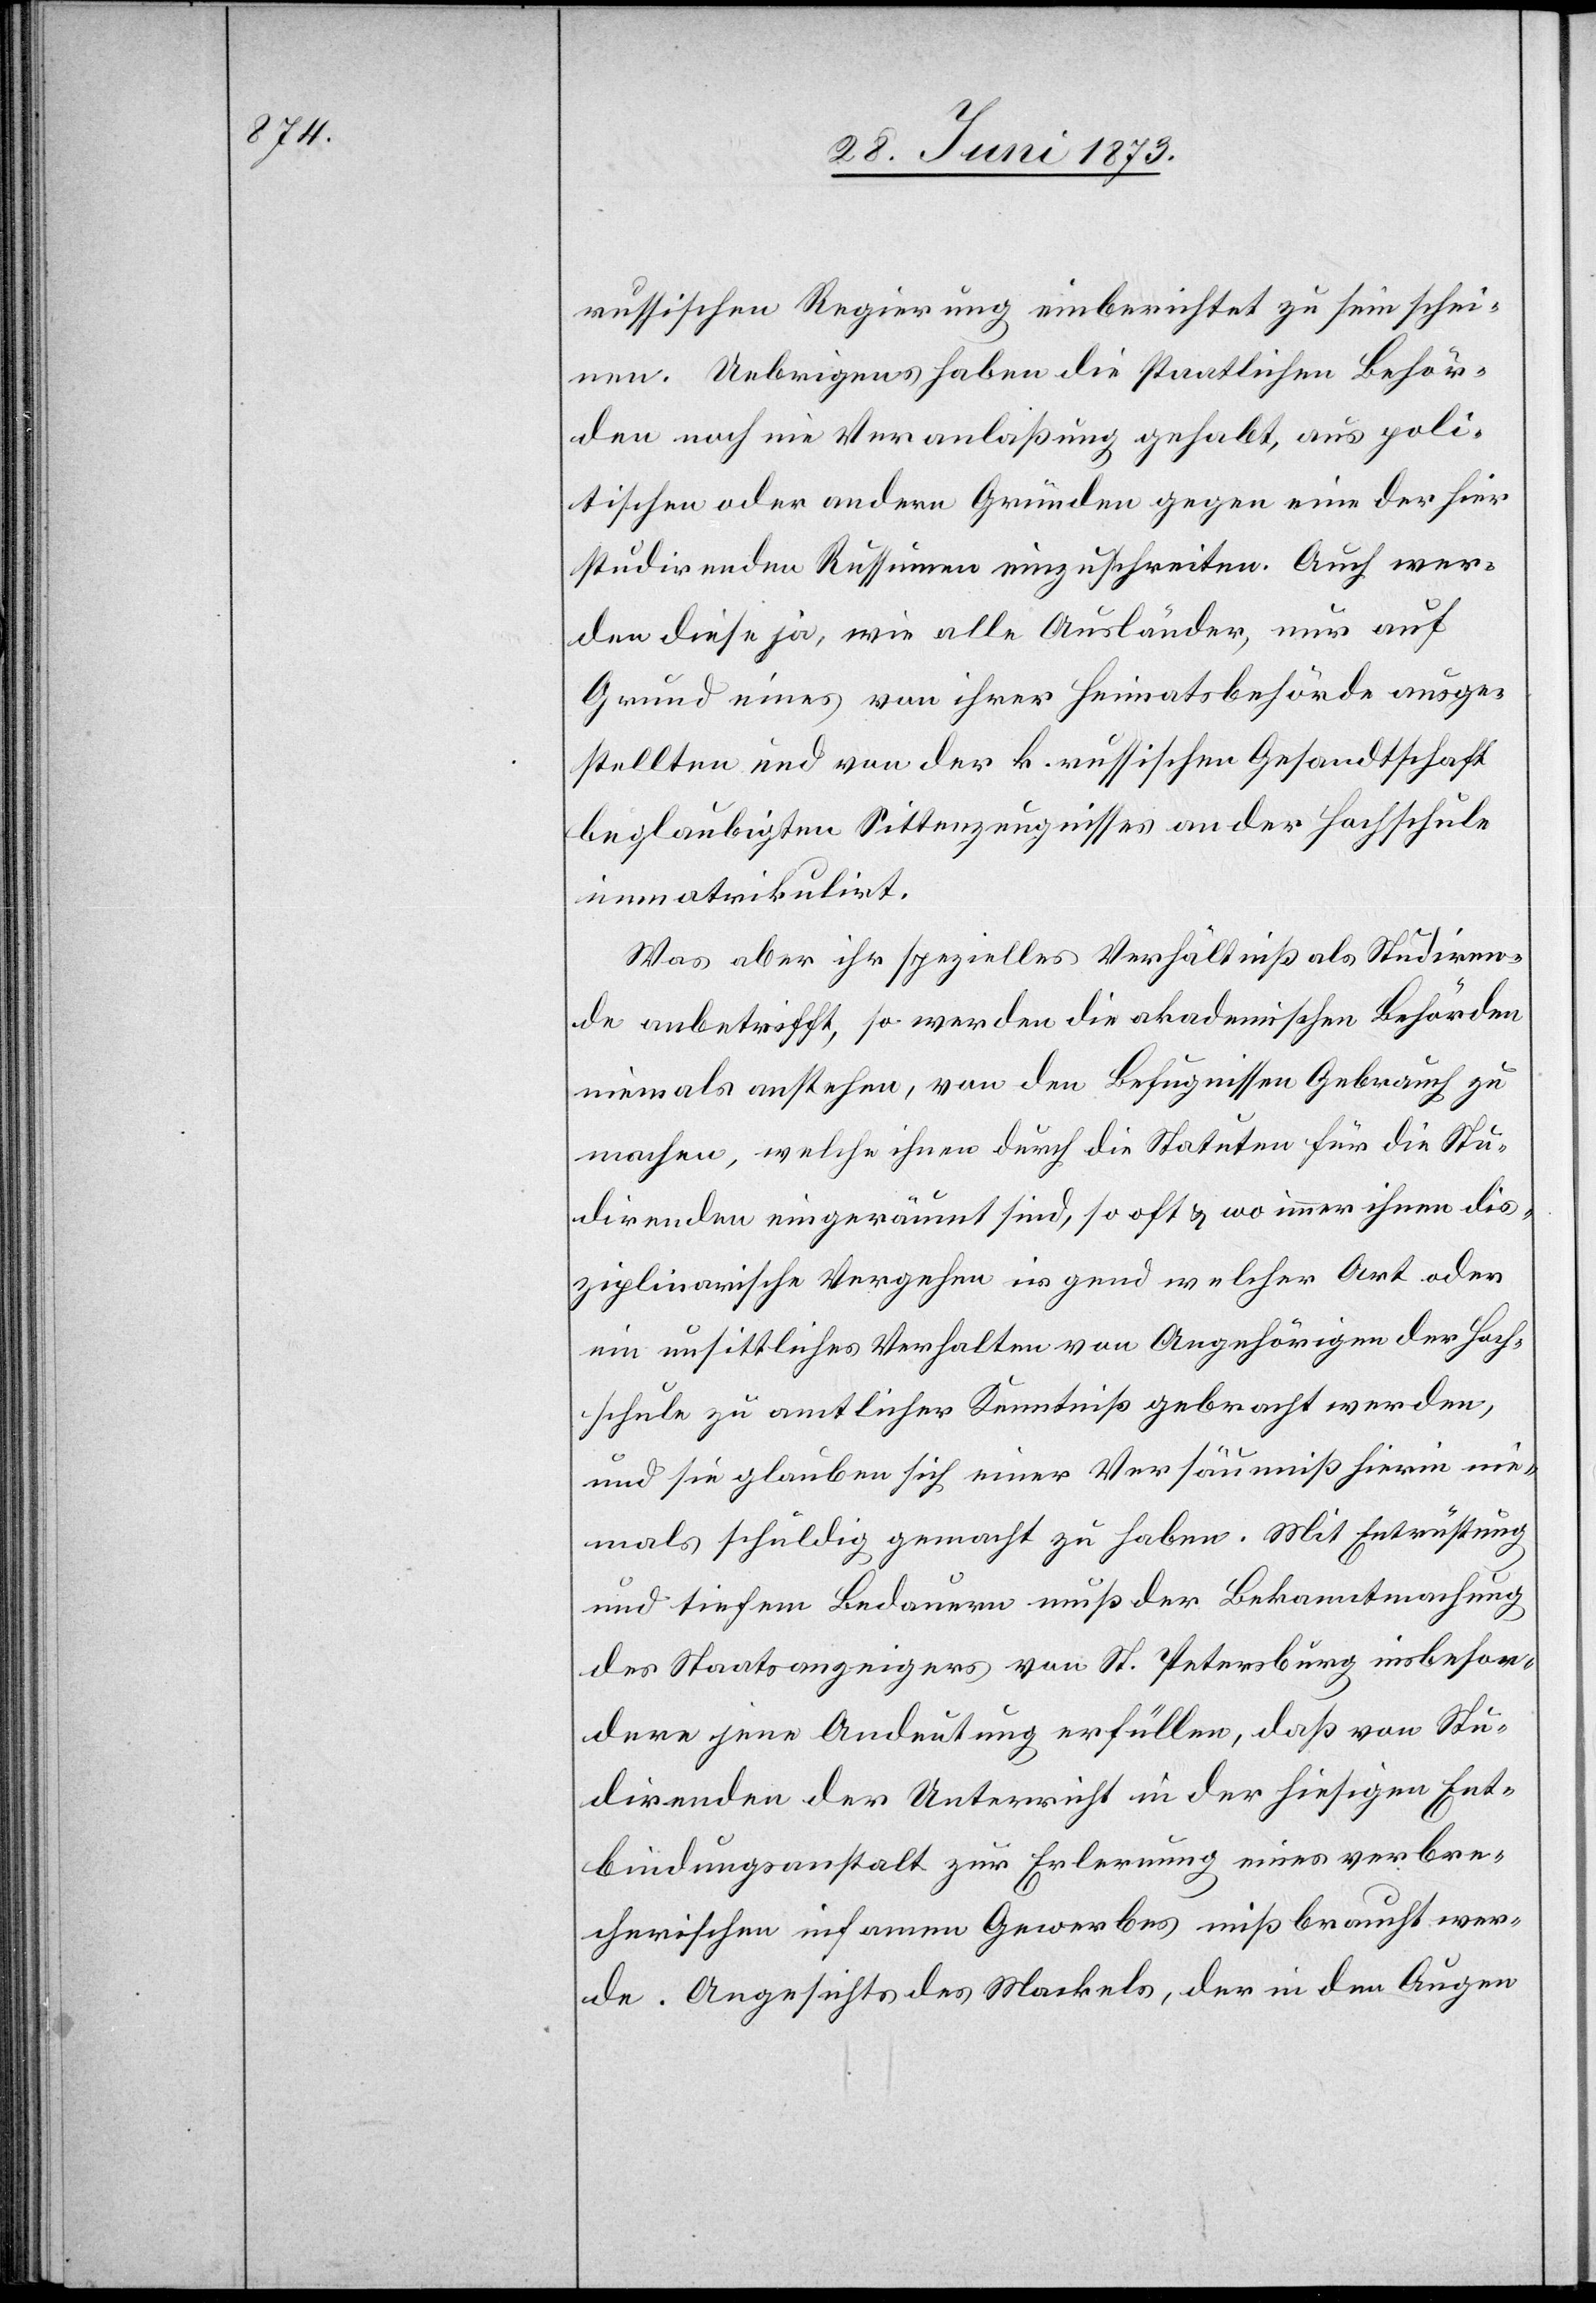
russischen Regierung einberichtet zu sein schei¬
nen. Uebrigens haben die staatlichen Behör¬
den noch nie Veranlaßung gehabt, aus poli¬
tischen oder andern Gründen gegen eine der hier
studirenden Russinnen einzuschreiten. Auch wer¬
den diese ja, wie alle Ausländer, nur auf
Grund eines von ihrer Heimatsbehörde ausge¬
stellten und von der k. russischen Gesandtschaft
beglaubigten Sittenzeugnisses an der Hochschule
immatrikulirt.
Was aber ihr spezielles Verhältniß als Studiren¬
de anbetrifft, so werden die akademischen Behörden
niemals anstehen, von den Befugnissen Gebrauch zu
machen, welche ihnen durch die Statuten für die Stu¬
direnden eingeräumt sind, so oft & wo immer ihnen dis¬
ziplinarische Vergehen irgend welcher Art oder
ein unsittliches Verhalten von Angehörigen der Hoch¬
schule zu amtlicher Kenntniß gebracht werden,
und sie glauben sich einer Versäumniß hierin nie¬
mals schuldig gemacht zu haben. Mit Entrüstung
und tiefem Bedauern muß der Bekanntmachung
des Staatsanzeigers von St. Petersburg insbeson¬
dere jene Andeutung erfüllen, daß von Stu¬
direnden der Unterricht in der hiesigen Ent¬
bindungsanstalt zur Erlernung eines verbre¬
cherischen infamen Gewerbes mißbraucht wer¬
de. Angesichts des Mackels, der in den Augen